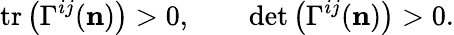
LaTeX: \mathrm{tr}\left(\Gamma^{ij}({\mathbf n})\right)>0,\qquad\mathrm{det}\left(\Gamma^{ij}({\mathbf n})\right)>0.